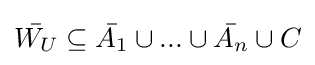
{\bar {W_{U}}}\subseteq {\bar {A_{1}}}\cup ...\cup {\bar {A_{n}}}\cup C